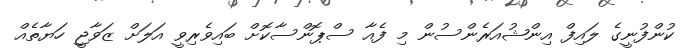
ކުންފުނީގެ ލައިފް އިންޝުއަރެންސުން މި ފެއާ ސްޕޮންސާކޮށް ބައިވެރިވީ އަލަށް ޒަވާޖީ ހަޔާތެއް